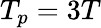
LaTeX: T_{p}=3T